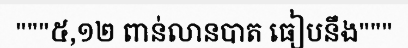
"""៥,១២ ពាន់លានបាត ធៀបនឹង"""